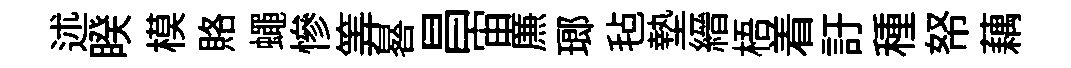
述睽模賂蠅慘筭晷昌宙㢘瑯毡墊縉梧着訏種帑藕